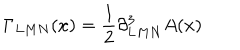
LaTeX: \Gamma _ { L M N } ( x ) = { \frac { 1 } { 2 } } \partial _ { L M N } ^ { 3 } A ( x )